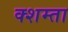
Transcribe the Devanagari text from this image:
क्शम्ता